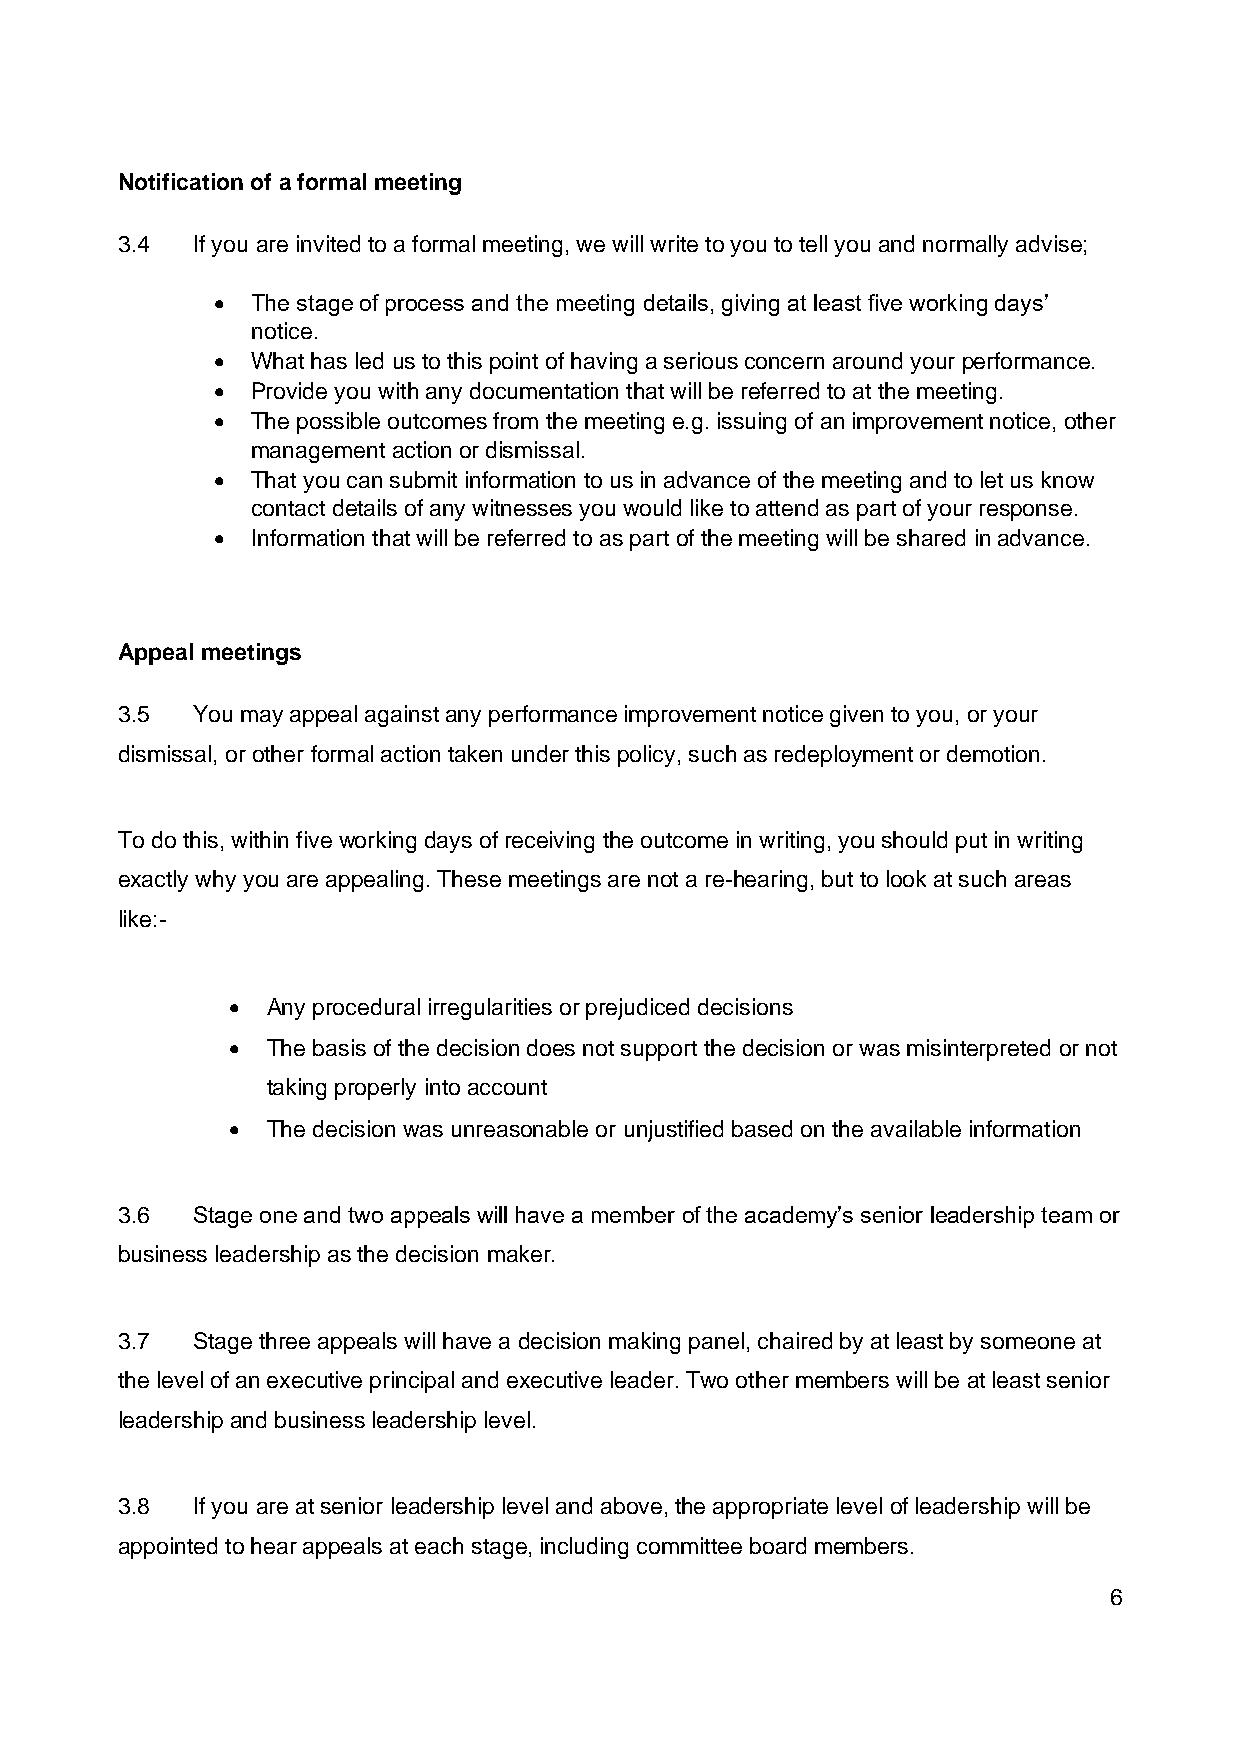
Notification of a formal meeting
 3.4  If you are invited to a formal meeting, we will write to you to tell you and normally advise;
 •  The stage of process and the meeting details, giving at least five working days’
 notice.
 •  What has led us to this point of having a serious concern around your performance.
 •  Provide you with any documentation that will be referred to at the meeting.
 •  The possible outcomes from the meeting e.g. issuing of an improvement notice, other
 management action or dismissal.
 •  That you can submit information to us in advance of the meeting and to let us know
 contact details of any witnesses you would like to attend as part of your response.
 •  Information that will be referred to as part of the meeting will be shared in advance.
 Appeal meetings
 3.5  You may appeal against any performance improvement notice given to you, or your
 dismissal, or other formal action taken under this policy, such as redeployment or demotion.
 To do this, within five working days of receiving the outcome in writing, you should put in writing
 exactly why you are appealing. These meetings are not a re-hearing, but to look at such areas
 like:-
 •  Any procedural irregularities or prejudiced decisions
 •  The basis of the decision does not support the decision or was misinterpreted or not
 taking properly into account
 •  The decision was unreasonable or unjustified based on the available information
 3.6  Stage one and two appeals will have a member of the academy’s senior leadership team or
 business leadership as the decision maker.
 3.7  Stage three appeals will have a decision making panel, chaired by at least by someone at
 the level of an executive principal and executive leader. Two other members will be at least senior
 leadership and business leadership level.
 3.8  If you are at senior leadership level and above, the appropriate level of leadership will be
 appointed to hear appeals at each stage, including committee board members.
 6